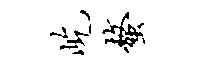
屹螯